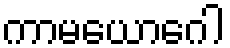
ကာမယောဂေါ